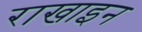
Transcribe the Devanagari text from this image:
राखाइन